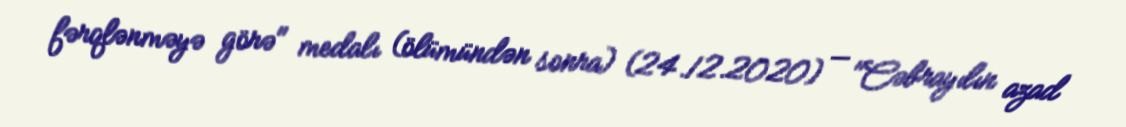
fərqlənməyə görə" medalı (ölümündən sonra) (24.12.2020) — "Cəbrayılın azad